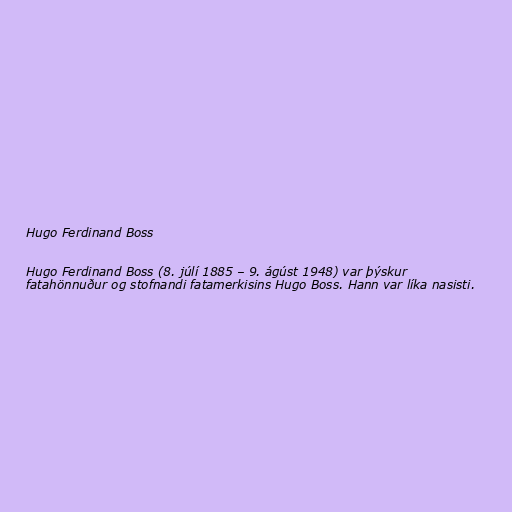
Hugo Ferdinand Boss

Hugo Ferdinand Boss (8. júlí 1885 – 9. ágúst 1948) var þýskur
fatahönnuður og stofnandi fatamerkisins Hugo Boss. Hann var líka nasisti.